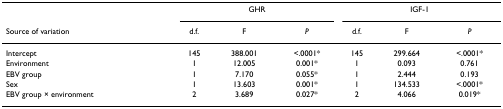
<table><thead><tr><td></td><td colspan="3"><b>GHR</b></td><td colspan="3"><b>IGF-1</b></td></tr><tr><td><b>Source of variation</b></td><td><b>d.f.</b></td><td><b>F</b></td><td><b><i>P</i></b></td><td><b>d.f.</b></td><td><b>F</b></td><td><b><i>P</i></b></td></tr></thead><tbody><tr><td>Intercept</td><td>145</td><td>388.001</td><td>&lt;.0001*</td><td>145</td><td>299.664</td><td>&lt;.0001*</td></tr><tr><td>Environment</td><td>1</td><td>12.005</td><td>0.001*</td><td>1</td><td>0.093</td><td>0.761</td></tr><tr><td>EBV group</td><td>1</td><td>7.170</td><td>0.055*</td><td>1</td><td>2.444</td><td>0.193</td></tr><tr><td>Sex</td><td>1</td><td>13.603</td><td>0.001*</td><td>1</td><td>134.533</td><td>&lt;.0001*</td></tr><tr><td>EBV group × environment</td><td>2</td><td>3.689</td><td>0.027*</td><td>2</td><td>4.066</td><td>0.019*</td></tr></tbody></table>